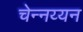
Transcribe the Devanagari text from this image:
चेन्नय्यन